Annual report of the Imperial Bacteriologist
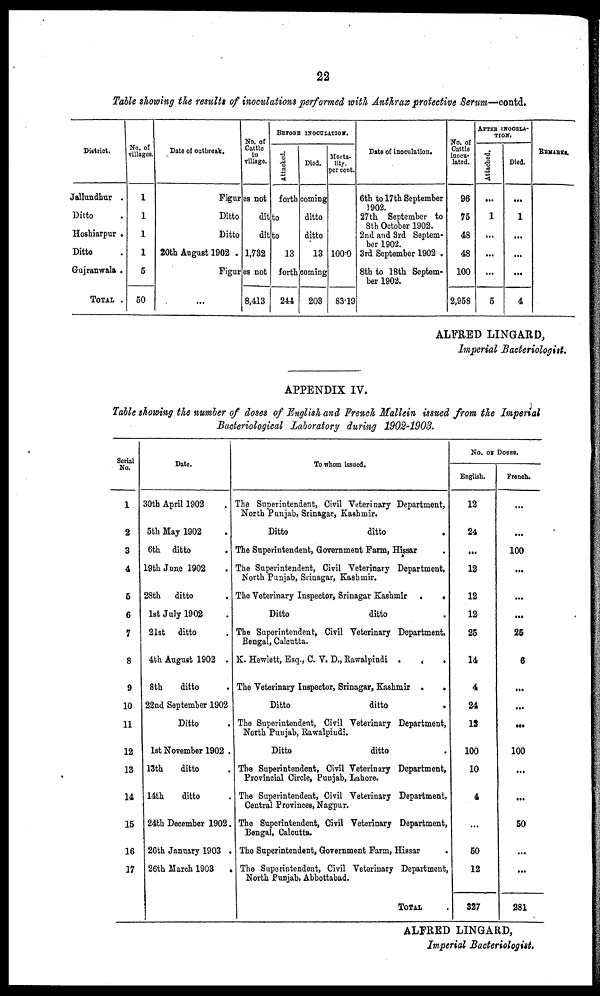
22
Table showing the results of inoculations performed with Anthrax protective Serum—contd.
District.
Jallundhur .
Ditto .
Hoshiarpurr .
Ditto .
Gujranwala .
TOTAL .
No. of
villages.
1
1
1
1
5
50
Date of outbreak.
No. of
Cattle
in
village.
BEFORE INOCULATION.
Attacked.
Died.
Figures not forth coming
Ditto
Ditto
20th August 1902 .
ditto
ditto
1,732
13
ditto
ditto
13
Figures not forth coming
8,413
244 203
Morta-
lity.
per cent.
100.0
83.19
Date of inoculation.
6th to 17th September
1902.
27th September to
8th October 1902.
2nd and 3rd Septem-
ber 1902.
3rd September 1902 .
8th to 18th Septem-
ber 1902.
No. of
Cattle
inocu-
lated.
96
75
48
48
100
2,958
AFTER INOCULA¬
TION.
Attached.
...
1
...
...
...
5
Died.
...
1
...
...
...
4
REMARKS.
ALFRED LINGARD,
Imperial Bacteriologist.
APPENDIX IV.
Table showing the number of doses of English and French Mallein issued from the Imperial
Bacteriological Laboratory during 1902-1903.
Serial
No.
1
2
3
4
5
6
7
8
9
10
11
12
13
14
15
16
17
Date.
30th April 1902 .
5th May 1902 .
6th ditto
.
19th June 1902 .
28th ditto .
1st July 1902 .
21st ditto .
4th August 1902 .
8th
ditto .
22nd September 1902
Ditto .
1st November 1902 .
13th
ditto .
14th
ditto .
24th December 1902.
26th January 1903 .
26th March 1903
.
To whom issued.
The Superintendent, Civil Veterinary Department,
North Punjab, Srinagar, Kashmir.
Ditto
ditto
.
The Superintendent, Government Farm, Hissar .
The Superintendent, Civil Veterinary Department,
North Punjab, Srinagar, Kashmir.
The Veterinary Inspector, Srinagar Kashmir .
.
Ditto
ditto .
The Superintendent, Civil Veterinary Department,
Bengal, Calcutta.
K. Hewlett, Esq., C. V. D., Rawalpindi . .
The Veterinary Inspector, Srinagar, Kashmir .
.
Ditto
ditto .
The Superintendent, Civil Veterinary Department,
North Punjab, Rawalpindi.
Ditto
ditto .
The Superintendent, Civil Veterinary Department,
Provincial Circle, Punjab, Lahore.
The Superintendent, Civil Veterinary Department,
Central Provinces, Nagpur.
The Superintendent, Civil Veterinary Department,
Bengal, Calcutta.
The Superintendent, Government Farm, Hissar .
The Superintendent, Civil Veterinary Department,
North Punjab, Abbottabad.
TOTAL.
No. OF DOSES.
English.
12
24
...
12
12
12
25
14
4
24
12
100
10
4
...
50
12
327
French.
...
...
100
...
...
...
25
6
...
...
...
100
...
...
50
...
...
281
ALFRED LINGARD,
Imperial Bacteriologist.